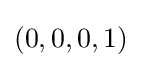
\left(0,0,0,1\right)